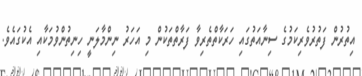
އިތުރުން ފަތުރުވެރިކަމުގެ ސިނާއަތުގައި ހަރަކާތްތެރިވާ ފަރާތްތަކުން މި އަހަރު ނިންމާލަނީ ހިނިތުންވުމަކާއި އެކުގައެވެ.